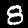
Digit: 8